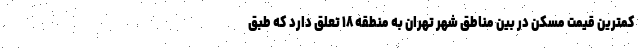
کمترین قیمت مسکن در بین مناطق شهر تهران به منطقه ۱۸ تعلق دارد که طبق